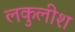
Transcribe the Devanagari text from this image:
लकुलीश